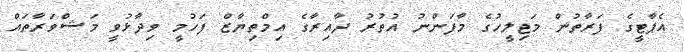
އެޕާޓީގެ ފަރާތުން މަޖިލީހުގެ މާފަންނު އުތުރު ދާއިރާގެ އިމްތިޔާޒް ފަހުމީ ވިދާޅުވީ މަޝްވަރާތައް